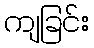
ကျခြင်း